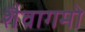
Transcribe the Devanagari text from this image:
शैवागमो